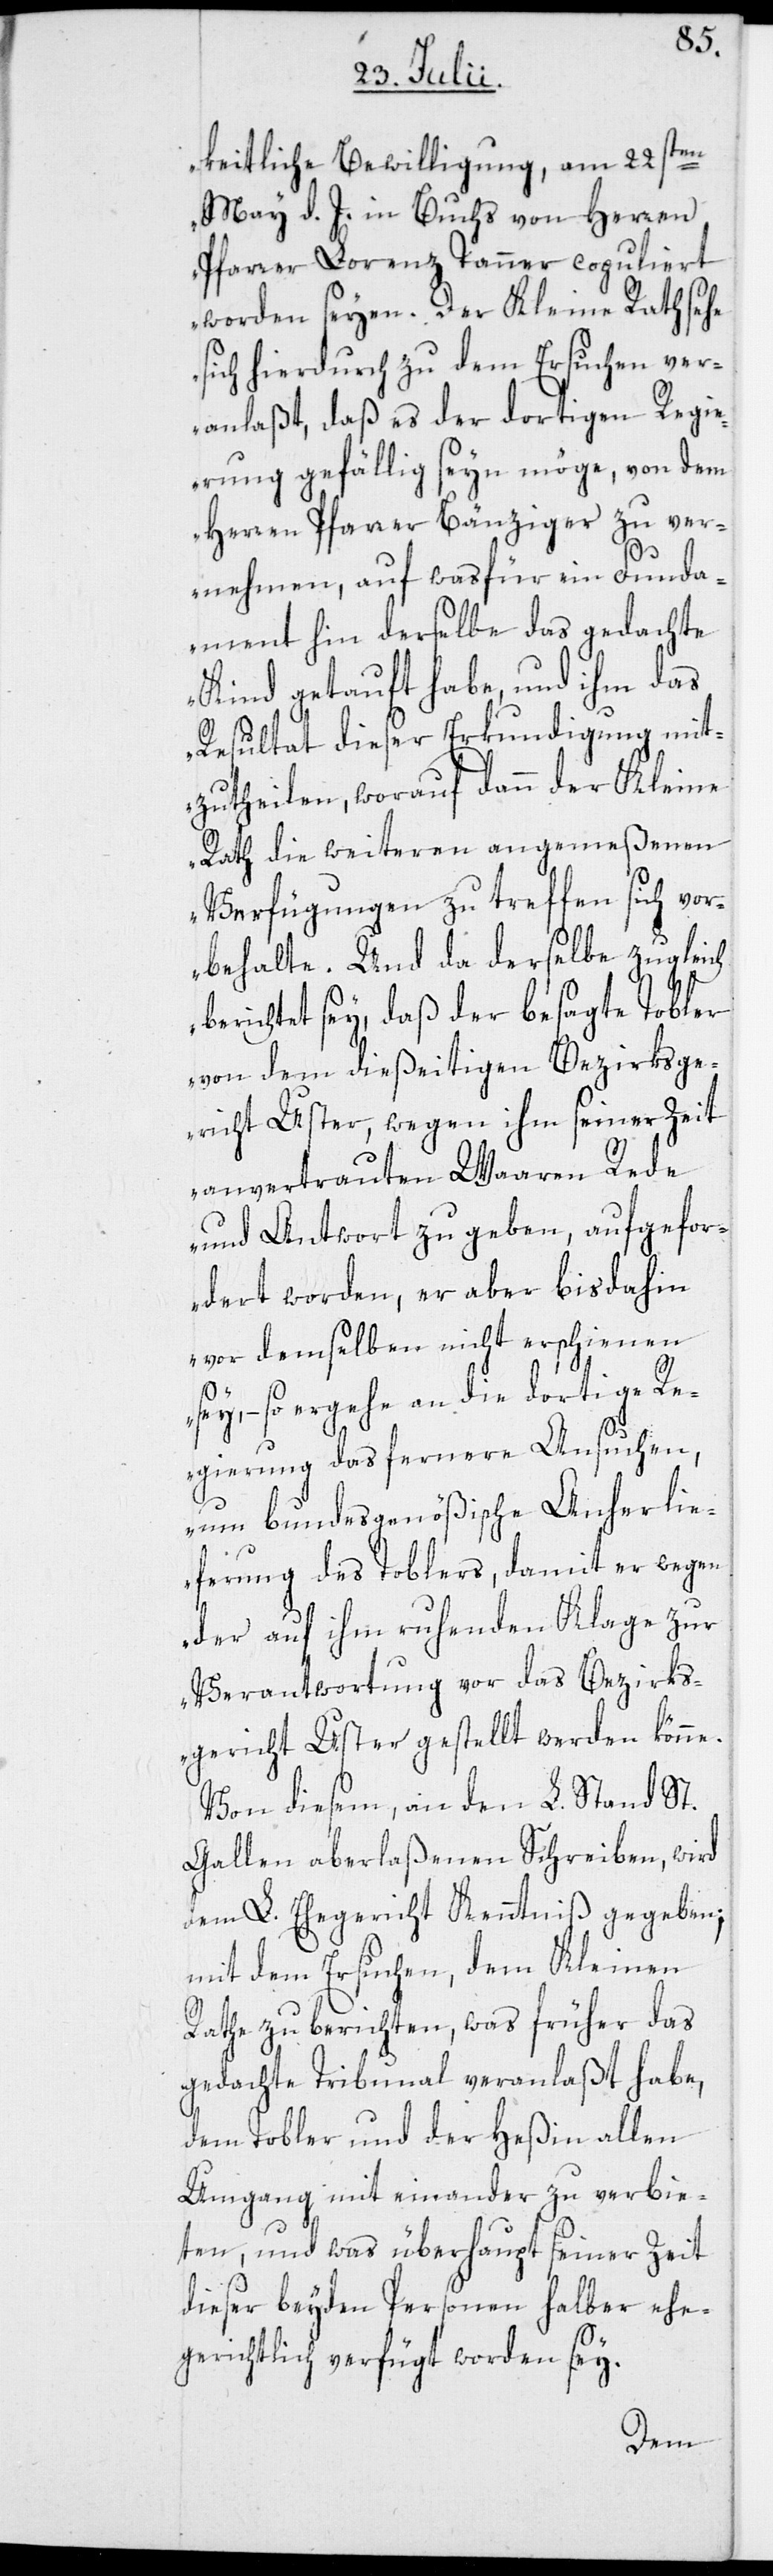
keitliche Bewilligung, am 22sten
May d. J. in Buchs von Herren
Pfarrer Lorenz Tanner copuliert
worden seyen. Der Kleine Rath sehe
sich hierdurch zu dem Ersuchen ver¬
anlaßt, daß es der dortigen Regie¬
rung gefällig seyn möge, von dem
Herren Pfarrer Bänziger zu ver¬
nehmen, auf was für ein Funda¬
ment hin derselbe das gedachte
Kind getauft habe, und ihm das
Resultat dieser Erkundigung mit¬
zutheilen, worauf dann der Kleine
Rath die weiteren angemeßenen
Verfügungen zu treffen sich vor¬
behalte. Und da derselbe zugleich
berichtet sey, daß der besagte Tobler
von dem dießeitigen Bezirksge¬
richt Uster, wegen ihm seiner Zeit
anvertrauten Waaren Rede
und Antwort zu geben, aufgefor¬
dert worden, er aber bis dahin
vor demselben nicht erschienen
so ergehe an die dortige R¬
egierung das fernere Ansuchen,
um bundesgenößische Anherlie¬
ferung des Toblers, damit er wegen
der auf ihm ruhenden Klage zur
Verantwortung vor das Bezirks¬
gericht Uster gestellt werden könne.
Von diesem, an den L. Stand St.
Gallen aberlaßenen Schreiben, wird
dem L. Ehegericht Kenntniß gegeben;
mit dem Ersuchen, dem Kleinen
Rathe zu berichten, was früher das
gedachte Tribunal veranlaßt habe,
dem Tobler und der Heßin allen
Umgang mit einander zu verbie¬
ten, und was überhaupt seiner Zeit
dieser beyden Personen halber ehe¬
gerichtlich verfügt worden sey.